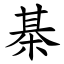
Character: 棊